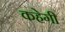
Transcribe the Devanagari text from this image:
कहेगी